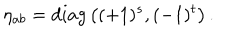
LaTeX: \eta _ { a b } = d i a g \left( ( + 1 ) ^ { s } , ( - 1 ) ^ { t } \right) .